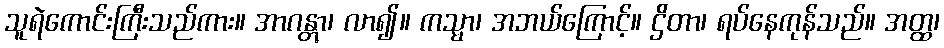
သူရဲကောင်းကြီးသည်ကား။ အာဂန္တွာ၊ လာ၍။ ကသ္မာ၊ အဘယ်ကြောင့်။ ဌိတာ၊ ရပ်နေကုန်သည်။ အတ္ထ၊